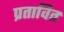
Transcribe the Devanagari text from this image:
प्रतावित